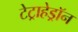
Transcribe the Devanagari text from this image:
टेट्राहेड्रॉन